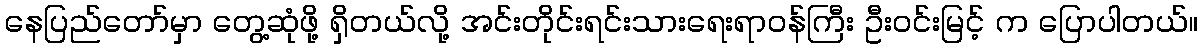
နေပြည်တော်မှာ တွေ့ဆုံဖို့ ရှိတယ်လို့ အင်းတိုင်းရင်းသားရေးရာဝန်ကြီး ဦးဝင်းမြင့် က ပြောပါတယ်။